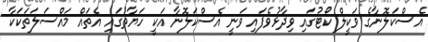
އެސްކަލޮނާގެ ވަކީލް ކޯޓުގައި ވިދާޅުވެފައި ވަނީ އެސްކަލޮނާ އަކީ ހަޔާތުގައި އެތައް މައްސަލަތަކަކާ